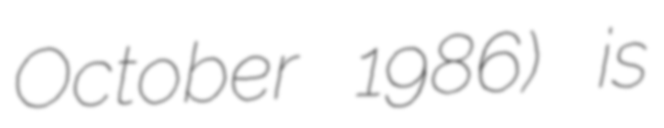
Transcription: October 1986) is